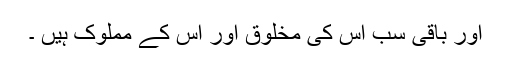
اور باقی سب اس کی مخلوق اور اس کے مملوک ہیں ۔